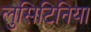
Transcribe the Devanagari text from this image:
लुसिटिनिया